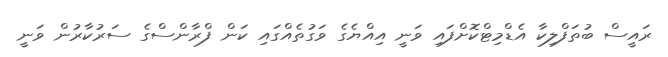
ރައީސް ބުތަފްލިކާ އެޑްމިޓްކޮށްފައި ވަނީ އިއްޔެގެ ވަގުތެއްގައި ކަން ފްރާންސްގެ ސަރުކާރުން ވަނީ